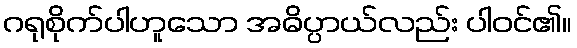
ဂရုစိုက်ပါဟူသော အဓိပ္ပာယ်လည်း ပါဝင်၏။